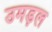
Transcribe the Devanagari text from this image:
उमड़ल